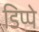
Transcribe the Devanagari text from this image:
डिप्‍पे